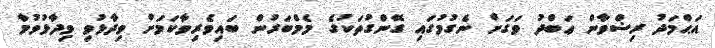
އަޙްމަދު ރިޟްވާން ޢަބްދު ވަގަށް ނެގުމުގައި ގޭންގުތަކުގެ މެމްބަރުން ބައިވެރިވާކަމަށް ވިދާޅުވި ވިދާޅުވުމާ